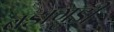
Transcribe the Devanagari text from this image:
बडागुडी